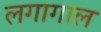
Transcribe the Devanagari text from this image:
लगागाल